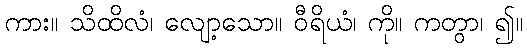
ကား။ သိထိလံ၊ လျော့သော။ ဝီရိယံ၊ ကို။ ကတွာ၊ ၍။